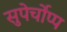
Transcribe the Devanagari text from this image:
सुपेर्चोप्प